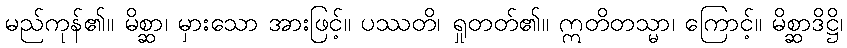
မည်ကုန်၏။ မိစ္ဆာ၊ မှားသော အားဖြင့်။ ပဿတိ၊ ရှုတတ်၏။ ဣတိတသ္မာ၊ ကြောင့်။ မိစ္ဆာဒိဋ္ဌိ၊